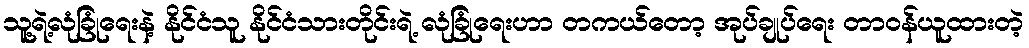
သူ့ရဲ့လုံခြုံရေးနဲ့ နိုင်ငံသူ နိုင်ငံသားတိုင်းရဲ့ လုံခြုံရေးဟာ တကယ်တော့ အုပ်ချုပ်ရေး တာဝန်ယူထားတဲ့